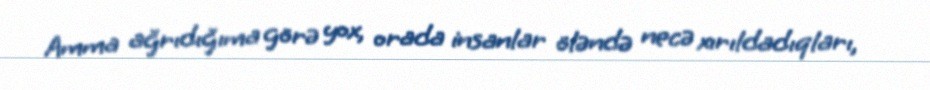
Amma ağrıdığıma görə yox, orada insanlar öləndə necə xırıldadıqları,